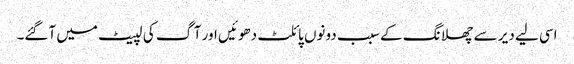
اسی لیے دیر سے چھلانگ کے سبب دونوں پائلٹ دھوئیں اور آگ کی لپیٹ میں آگئے۔